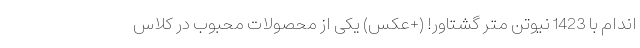
اندام با 1423 نیوتن متر گشتاور! (+عکس) یکی از محصولات محبوب در کلاس